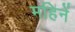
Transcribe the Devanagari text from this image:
महिनें